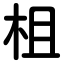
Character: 柤